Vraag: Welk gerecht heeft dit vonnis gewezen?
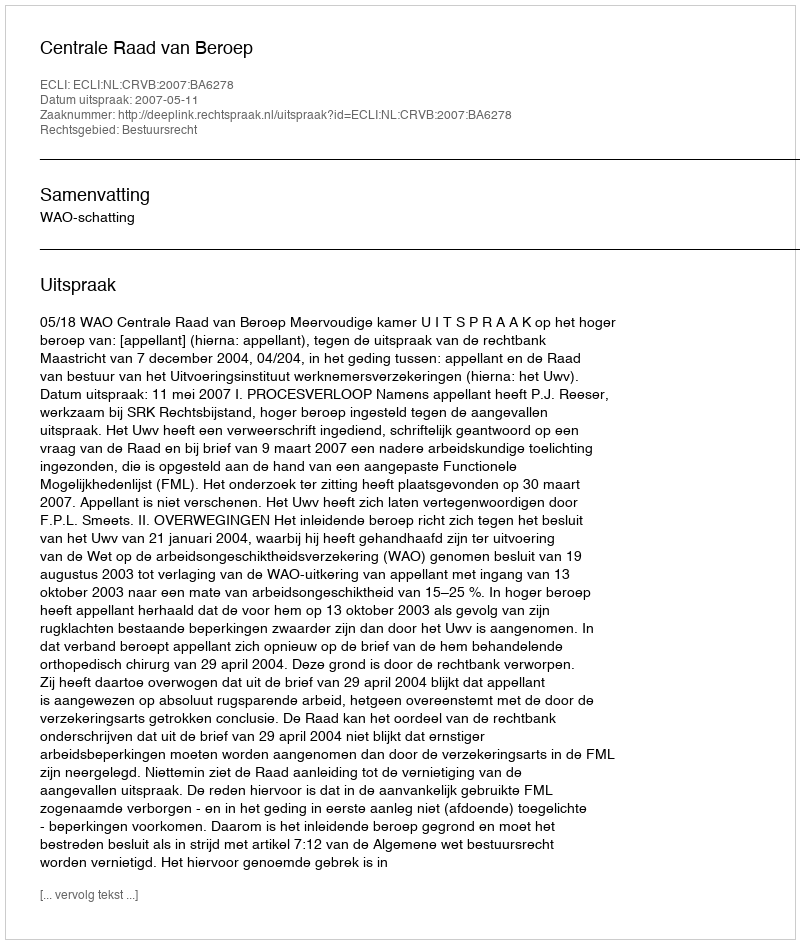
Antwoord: Centrale Raad van Beroep